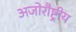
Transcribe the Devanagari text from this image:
अजोरौष्ट्रीय